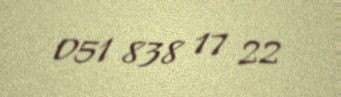
051 838 17 22